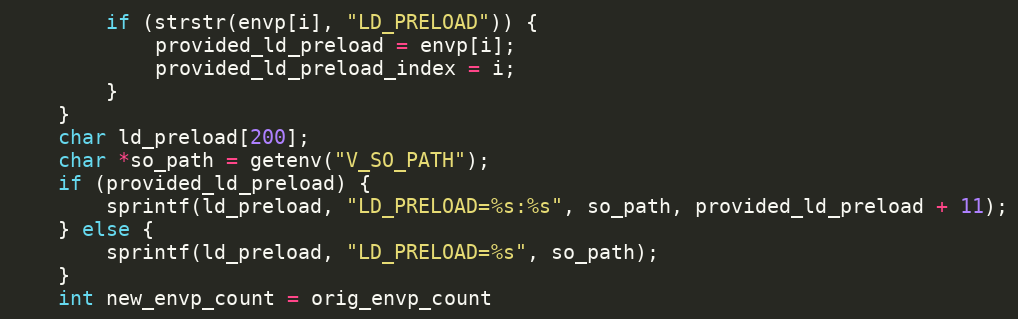
Language: C++
        if (strstr(envp[i], "LD_PRELOAD")) {
            provided_ld_preload = envp[i];
            provided_ld_preload_index = i;
        }
    }
    char ld_preload[200];
    char *so_path = getenv("V_SO_PATH");
    if (provided_ld_preload) {
        sprintf(ld_preload, "LD_PRELOAD=%s:%s", so_path, provided_ld_preload + 11);
    } else {
        sprintf(ld_preload, "LD_PRELOAD=%s", so_path);
    }
    int new_envp_count = orig_envp_count